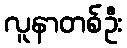
လူနာတစ်ဦး